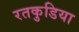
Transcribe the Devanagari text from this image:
रतकुडिया